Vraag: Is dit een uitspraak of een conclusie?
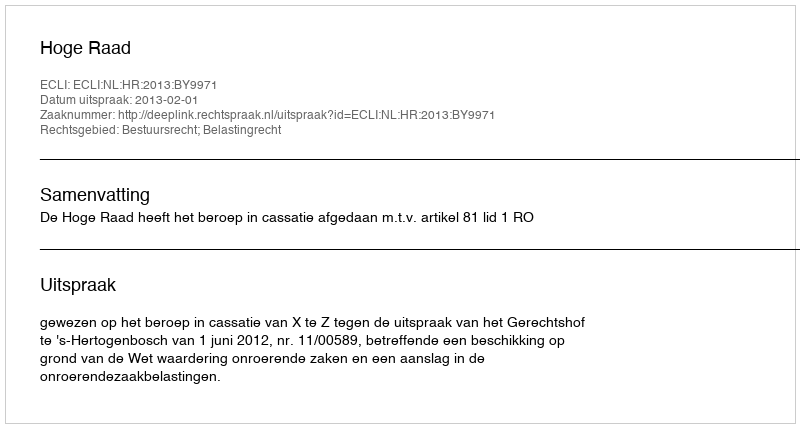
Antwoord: Uitspraak